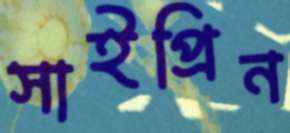
সাইপ্রিন